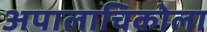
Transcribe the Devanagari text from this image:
अपालाचिकोला